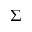
\Sigma